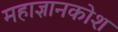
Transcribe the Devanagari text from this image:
महाज्ञानकोश